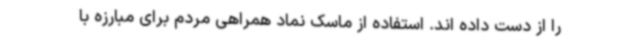
را از دست داده اند. استفاده از ماسک نماد همراهی مردم برای مبارزه با